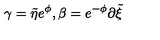
\gamma = { \tilde { \eta } } e ^ { \phi } , \beta = e ^ { - \phi } \partial { \tilde { \xi } }